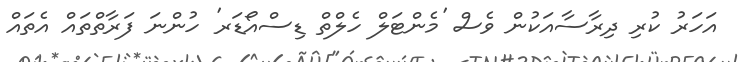
އަހަރު ކުރި ދިރާސާއަކުން ވެސް 'މެންޓަލް ހެލްތް ޑިސްއޯޑަރ' ހުންނަ ފަރާތްތައް އެތައް